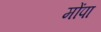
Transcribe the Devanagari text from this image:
मोंपा